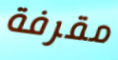
مقرفة